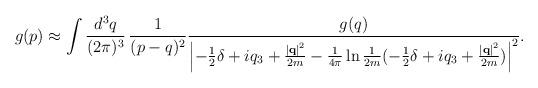
LaTeX: \begin{align*}g(p) \approx \int \frac{d^3q}{(2\pi)^3}\, \frac{1}{(p - q)^2} \frac{g(q)}{ \left|-\frac{1}{2}\delta+ iq_3 + \frac{\left|{\bf q}\right|^2}{2m} - \frac{1}{4\pi} \ln \frac{1}{2m} (-\frac{1}{2}\delta+iq_3+\frac{\left|{\bf q}\right|^2}{2m}) \right|^2 }.\end{align*}